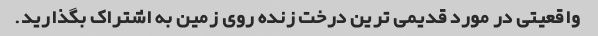
واقعیتی در مورد قدیمی ترین درخت زنده روی زمین به اشتراک بگذارید.